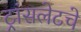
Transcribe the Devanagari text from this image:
ट्रांसलेटचे